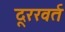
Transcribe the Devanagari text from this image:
दूररवर्त